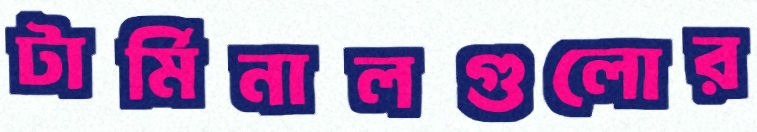
টার্মিনালগুলোর